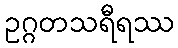
ဥဂ္ဂတသရီရဿ